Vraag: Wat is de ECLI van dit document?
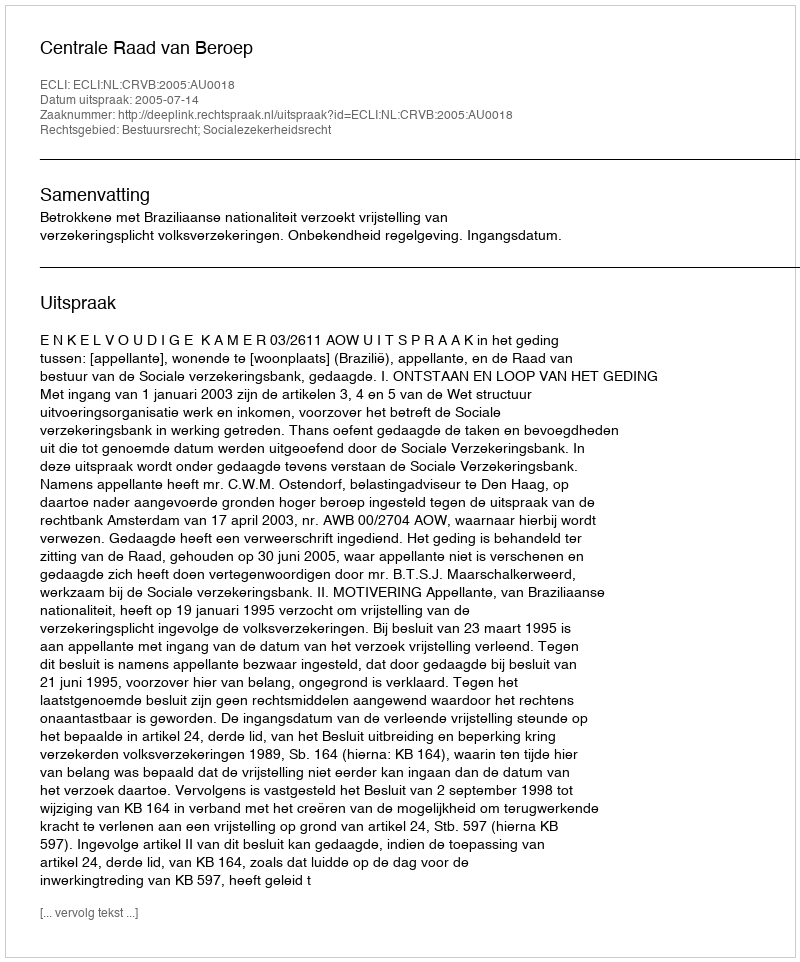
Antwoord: ECLI:NL:CRVB:2005:AU0018